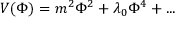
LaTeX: V ( \Phi ) = m ^ { 2 } \Phi ^ { 2 } + \lambda _ { 0 } \Phi ^ { 4 } + . . .